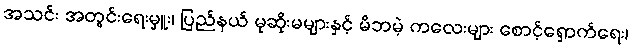
အသင်း အတွင်းရေးမှူး၊ ပြည်နယ် မုဆိုးမများနှင့် မိဘမဲ့ ကလေးများ စောင့်ရှောက်ရေး၊